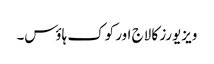
ویزیورز کا لاج اور کوک ہاؤس۔